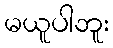
မယူပါဘူး